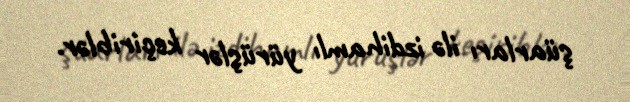
şüarları ilə izdihamlı yürüşlər keçiriblər.